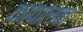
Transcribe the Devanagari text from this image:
कापालन